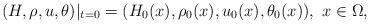
\begin{align*}(H,\rho, u,\theta)|_{t=0}=(H_0(x), \rho_0(x), u_0(x), \theta_0(x)),\ x\in \Omega,\end{align*}